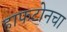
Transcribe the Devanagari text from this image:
हाफटोनचा